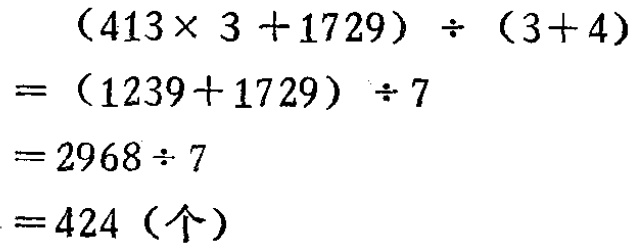
\[
\begin{align*}
&(413\times 3 + 1729)\div(3 + 4)\\
=&(1239 + 1729)\div 7\\
=&2968\div 7\\
=&424 (\text{个})
\end{align*}
\]